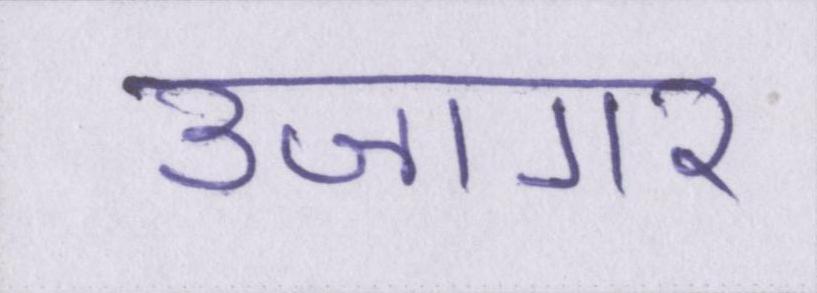
उजागर